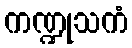
ကဏ္ဍုသကံ